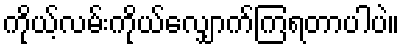
ကိုယ့်လမ်းကိုယ်လျှောက်ကြရတာပါပဲ။